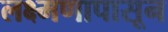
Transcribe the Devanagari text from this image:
लक्ष्मणापासून